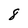
Character: 8